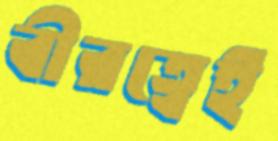
বীরত্বেই